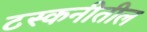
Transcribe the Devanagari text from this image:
टस्कनीतील